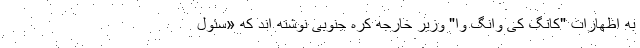
به اظهارات "کانگ کی وانگ وا" وزیر خارجه کره جنوبی نوشته اند که «سئول